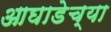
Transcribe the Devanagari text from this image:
आघाडेच्या